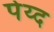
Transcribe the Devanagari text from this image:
पेय्द